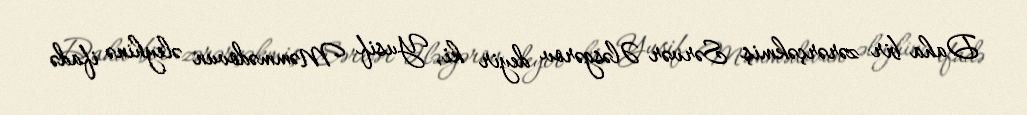
Daha bir zərərçəkmiş Sərvər Ələsgərov deyir ki, Yusif Məmmədovun əleyhinə ifadə